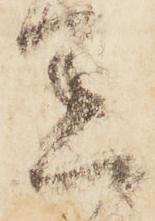
懸